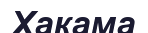
Хакама